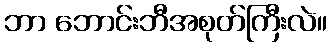
ဘာ ဘောင်းဘီအစုတ်ကြီးလဲ။